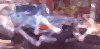
ব্রির